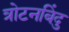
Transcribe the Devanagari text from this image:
त्रोटनबिंदु